Civil Veterinary Department Bengal reports 1933-51 - 1933-1951
Year: 1933
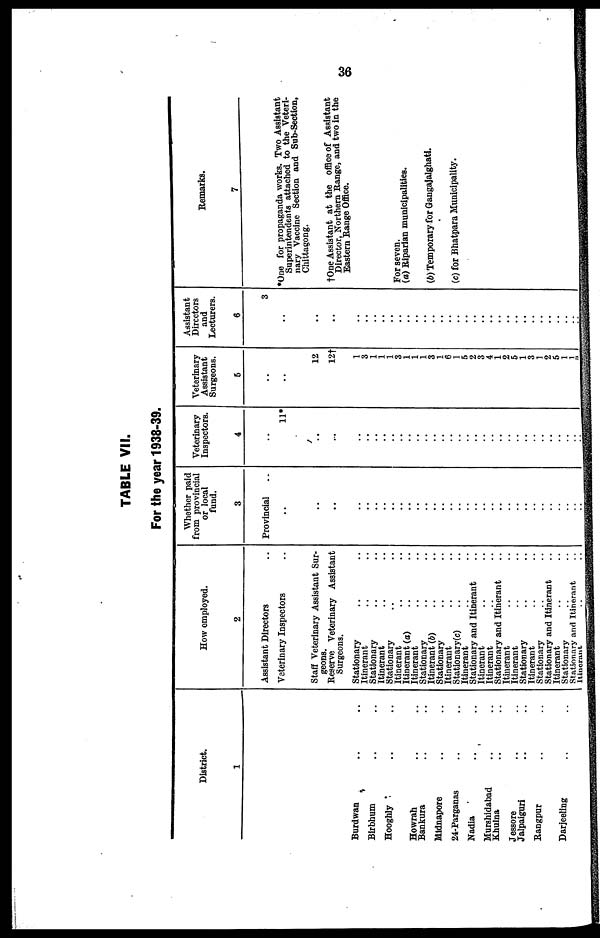
36
TABLE VII.
For the year 1938-39.
District.
1
Burdwan .. ..
Birbhum .. ..
Hooghly .. ..
Howrah .. ..
Bankura
.. ..
Midnapore .. ..
24-Parganas .. ..
Nadia .. ..
Murshidabad .. ..
Khulna
..
..
Jessore .. ..
Jalpaiguri
..
..
Rangpur .. ..
Darjeeling .. ..
How employed.
2
Assistant Directors
..
Veterinary Inspectors
..
Staff Veterinary Assistant Sur-
geons.
Reserve Veterinary Assistant
Surgeons.
Stationary .. ..
Itinerant .. ..
Stationary .. ..
Itinerant .. ..
Stationary .. ..
Itinerant .. ..
Itinerant (a) .. ..
Itinerant .. ..
Stationary .. ..
Itinerant (b) .. ..
Stationary .. ..
Itinerant .. ..
Stationary(c) .. ..
Itinerant .. ..
Stationary and Itinerant ..
Itinerant .. ..
Itinerant .. ..
Stationary and Itinerant ..
Itinerant .. ..
Itinerant .. ..
Stationary .. ..
Itinerant .. ..
Stationary .. ..
Stationary and Itinerant ..
Itinerant .. ..
Stationary .. ..
Stationary and Itinerant ..
Itinerant .. ..
Whether paid
from provincial
or local
fund.
3
Provincial ..
..
..
Veterinary
Inspectors.
4
..
11*
..
..
..
..
..
..
..
..
..
..
..
..
..
..
..
..
..
..
..
..
..
..
..
....
..
..
..
Veterinary
Assistant
Surgeons.
5
..
..
12
12†
1
3
1
1
1
3
1
1
1
3
1
6
1
5
2
3
4
1
2
5
1
3
1
2
5
1
1
2
Assistant
Directors
and
Lecturers.
6
3
..
..
..
..
..
..
..
..
..
..
..
..
..
..
..
..
..
..
..
..
..
..
..
..
..
..
..
..
..
..
Remarks.
7
*One for propaganda works. Two Assistant
Superintendents attached to the Veteri-
nary Vaccine Section and Sub-Section,
Chittagong.
†One
Assistant at the office of Assistant
Director, Northern Range, and two in the
Eastern Range Office.
For seven.
(a) Riparian municipalities.
(b) Temporary for Gangajalghati.
(c) for Bhatpara Municipality.